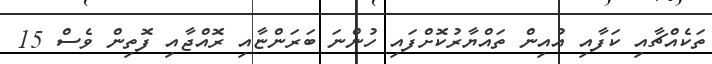
ތަކެއްޗާއި ކަފާއި އުއިން ތައްޔާރުކޮށްފައި ހުންނަ ބަރަންޏާއި ރޮއްޖާއި ފޮތިން ވެސް 15